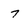
Character: 7